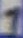
Text: 1